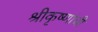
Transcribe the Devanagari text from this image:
श्रीकृष्णांची